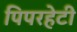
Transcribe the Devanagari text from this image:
पिपरहेटी